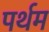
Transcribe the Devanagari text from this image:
पर्थम